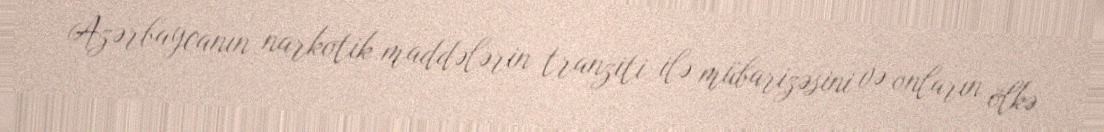
Azərbaycanın narkotik maddələrin tranziti ilə mübarizəsini və onların ölkə